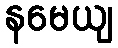
နမေယျ